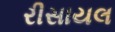
રીસાયલ